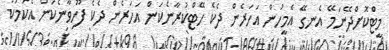
މީޓްކޮށްދޭނަމޭ އެނގޭ އެމީހުން އަހަރެން ދެކެ ހޭޓްކުރާނެކަން އަހަރެން ދެކެ ފޫހިވާނެކަން އެކަމަކު